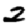
Digit: 2